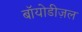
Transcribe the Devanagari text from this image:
बॉयोडीज़ल